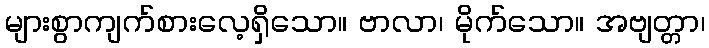
များစွာကျက်စားလေ့ရှိသော။ ဗာလာ၊ မိုက်သော။ အဗျတ္တာ၊